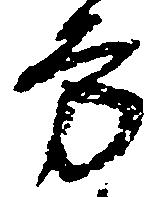
方